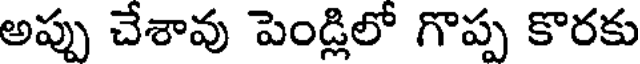
అప్పు చేశావు పెండ్లిలో గొప్ప కొరకు